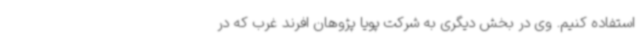
استفاده کنیم. وی در بخش دیگری به شرکت پویا پژوهان افرند غرب که در